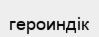
героиндік